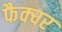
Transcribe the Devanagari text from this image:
फैक्चर